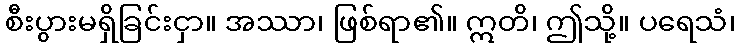
စီးပွားမရှိခြင်းငှာ။ အဿာ၊ ဖြစ်ရာ၏။ ဣတိ၊ ဤသို့။ ပရေသံ၊